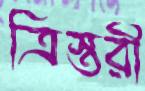
ত্রিস্তরী